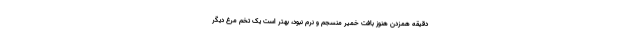
دقیقه همزدن هنوز بافت خمیر منسجم و نرم نبود، بهتر است یک تخم مرغ دیگر